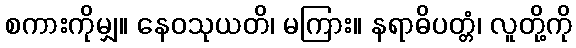
စကားကိုမျှ။ နေဝသုယတိ၊ မကြား။ နရာဓိပတ္တံ၊ လူတို့ကို